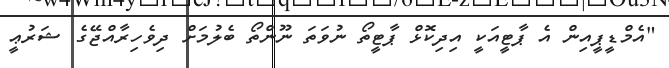
"އެމްޑީޕީއިން އެ ޕާޓީއަކީ އިދިކޮޅް ޕާޓީތޯ ނުވަތަ ނޫންތޯ ބެލުމަށް ދިވެހިރާއްޖޭގެ ޝަރުޢީ